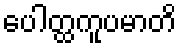
ပေါတ္ထကူပမာတိ